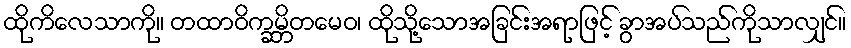
ထိုကိလေသာကို။ တထာဝိက္ခမ္ဘိတမေဝ၊ ထိုသို့သောအခြင်းအရာဖြင့် ခွာအပ်သည်ကိုသာလျှင်။